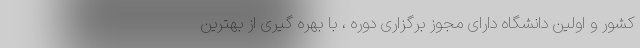
کشور و اولین دانشگاه دارای مجوز برگزاری دوره ، با بهره گیری از بهترین